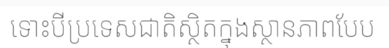
ទោះបីប្រទេសជាតិស្ថិតក្នុងស្ថានភាពបែប